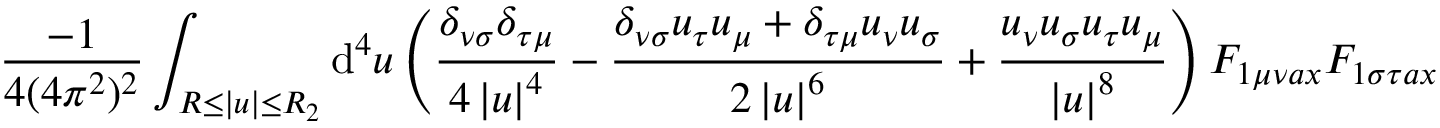
\frac { - 1 } { 4 ( 4 \pi ^ { 2 } ) ^ { 2 } } \int _ { R \leq \left| u \right| \leq R _ { 2 } } \mathrm { d } ^ { 4 } u \left( \frac { \delta _ { \nu \sigma } \delta _ { \tau \mu } } { 4 \left| u \right| ^ { 4 } } - \frac { \delta _ { \nu \sigma } u _ { \tau } u _ { \mu } + \delta _ { \tau \mu } u _ { \nu } u _ { \sigma } } { 2 \left| u \right| ^ { 6 } } + \frac { u _ { \nu } u _ { \sigma } u _ { \tau } u _ { \mu } } { \left| u \right| ^ { 8 } } \right) F _ { 1 \mu \nu a x } F _ { 1 \sigma \tau a x }